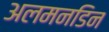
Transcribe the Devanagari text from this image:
अलमनडिन